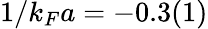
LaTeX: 1/k_{F}a=-0.3(1)